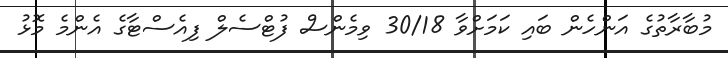
މުބާރާތުގެ އަންހެން ބައި ކަމަށްވާ 30/18 ވިމެންސް ފުޓްސެލް ފިއެސްޓާގެ އެންމެ މޮޅު